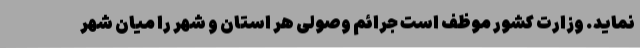
نماید. وزارت کشور موظف است جرائم وصولی هر استان و شهر را میان شهر